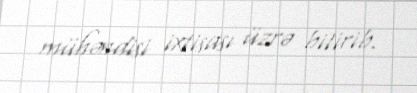
mühəndisi ixtisası üzrə bitirib.